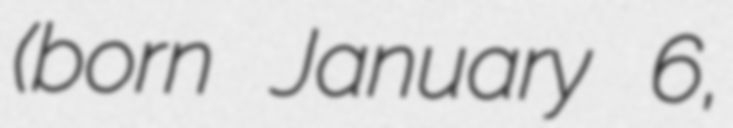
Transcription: (born January 6,